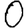
Digit: 0